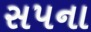
સપના